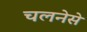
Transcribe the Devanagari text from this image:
चलनेसे